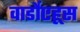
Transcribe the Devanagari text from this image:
वार्डोएहूस